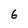
Character: 6